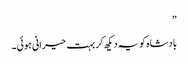
”
بادشاہ کو یہ دیکھ کر بہت حیرانی ہوئی۔